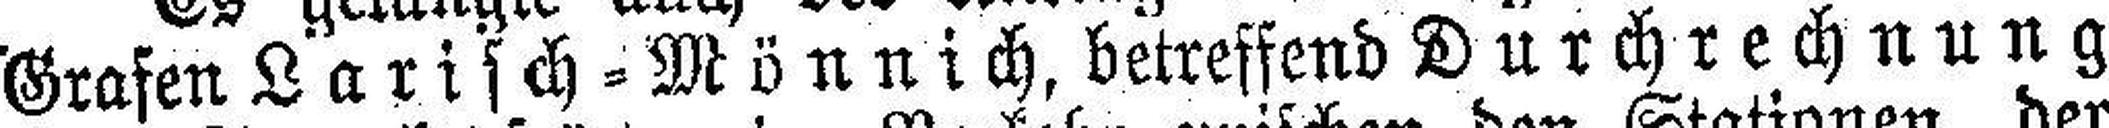
Grafen Larisch=Mönnich, betreffend Durchrechnung